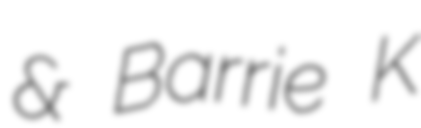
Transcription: & Barrie K